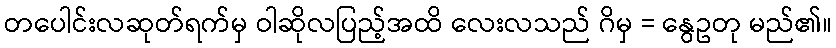
တပေါင်းလဆုတ်ရက်မှ ဝါဆိုလပြည့်အထိ လေးလသည် ဂိမှ = နွေဥတု မည်၏။